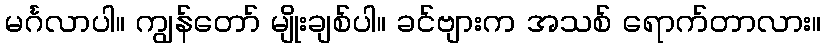
မင်္ဂလာပါ။ ကျွန်တော် မျိုးချစ်ပါ။ ခင်ဗျားက အသစ် ရောက်တာလား။